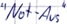
Text: "Not-Aus"